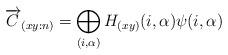
LaTeX: \begin{align*}\overrightarrow{C}_{(xy:n)}=\bigoplus_{(i,\alpha)}H_{(xy)}(i,\alpha)\psi(i,\alpha)\end{align*}